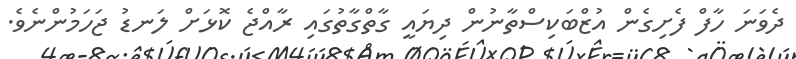
ދެވަނަ ހާފް ފެށިގެން އުޒްބަކިސްތާނުން ދިޔައީ ގާތްގާތުގައި ރާއްޖެ ކޮޅަށް ލަނޑު ޖަހަމުންނެވެ.